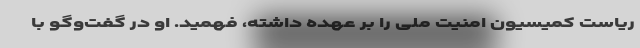
ریاست کمیسیون امنیت ملی را بر ‌عهده داشته، فهمید. او در گفت‌وگو با